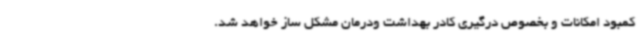
کمبود امکانات و بخصوص درگیری کادر بهداشت ودرمان مشکل ساز خواهد شد.